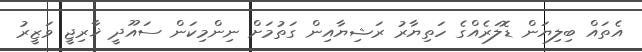
އެތައް ބިލިޔަން ޑޮލަރެއްގެ ހަތިޔާރު ރަޝިޔާއިން ގަތުމަށް ނިންމިކަން ސައޫދީ ޚާރިޖީ ވަޒީރު